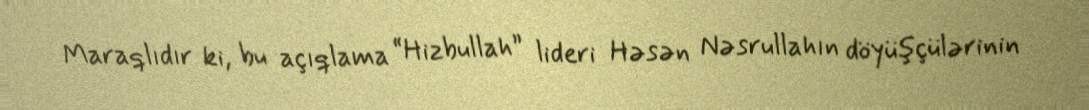
Maraqlıdır ki, bu açıqlama “Hizbullah” lideri Həsən Nəsrullahın döyüşçülərinin